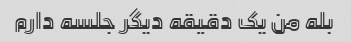
بله من یک دقیقه دیگر جلسه دارم